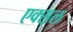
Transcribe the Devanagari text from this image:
एक्स़ल